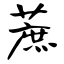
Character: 蔗